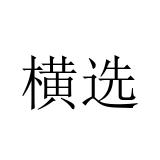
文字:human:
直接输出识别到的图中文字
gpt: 横选